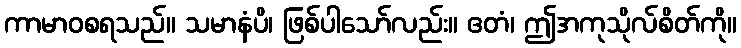
ကာမာဝစရသည်။ သမာနံပိ၊ ဖြစ်ပါသော်လည်း။ ဧတံ၊ ဤအကုသိုလ်စိတ်ကို။